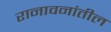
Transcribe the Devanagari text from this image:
रानावनांतील